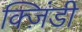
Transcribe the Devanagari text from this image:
क्ज़िंडी